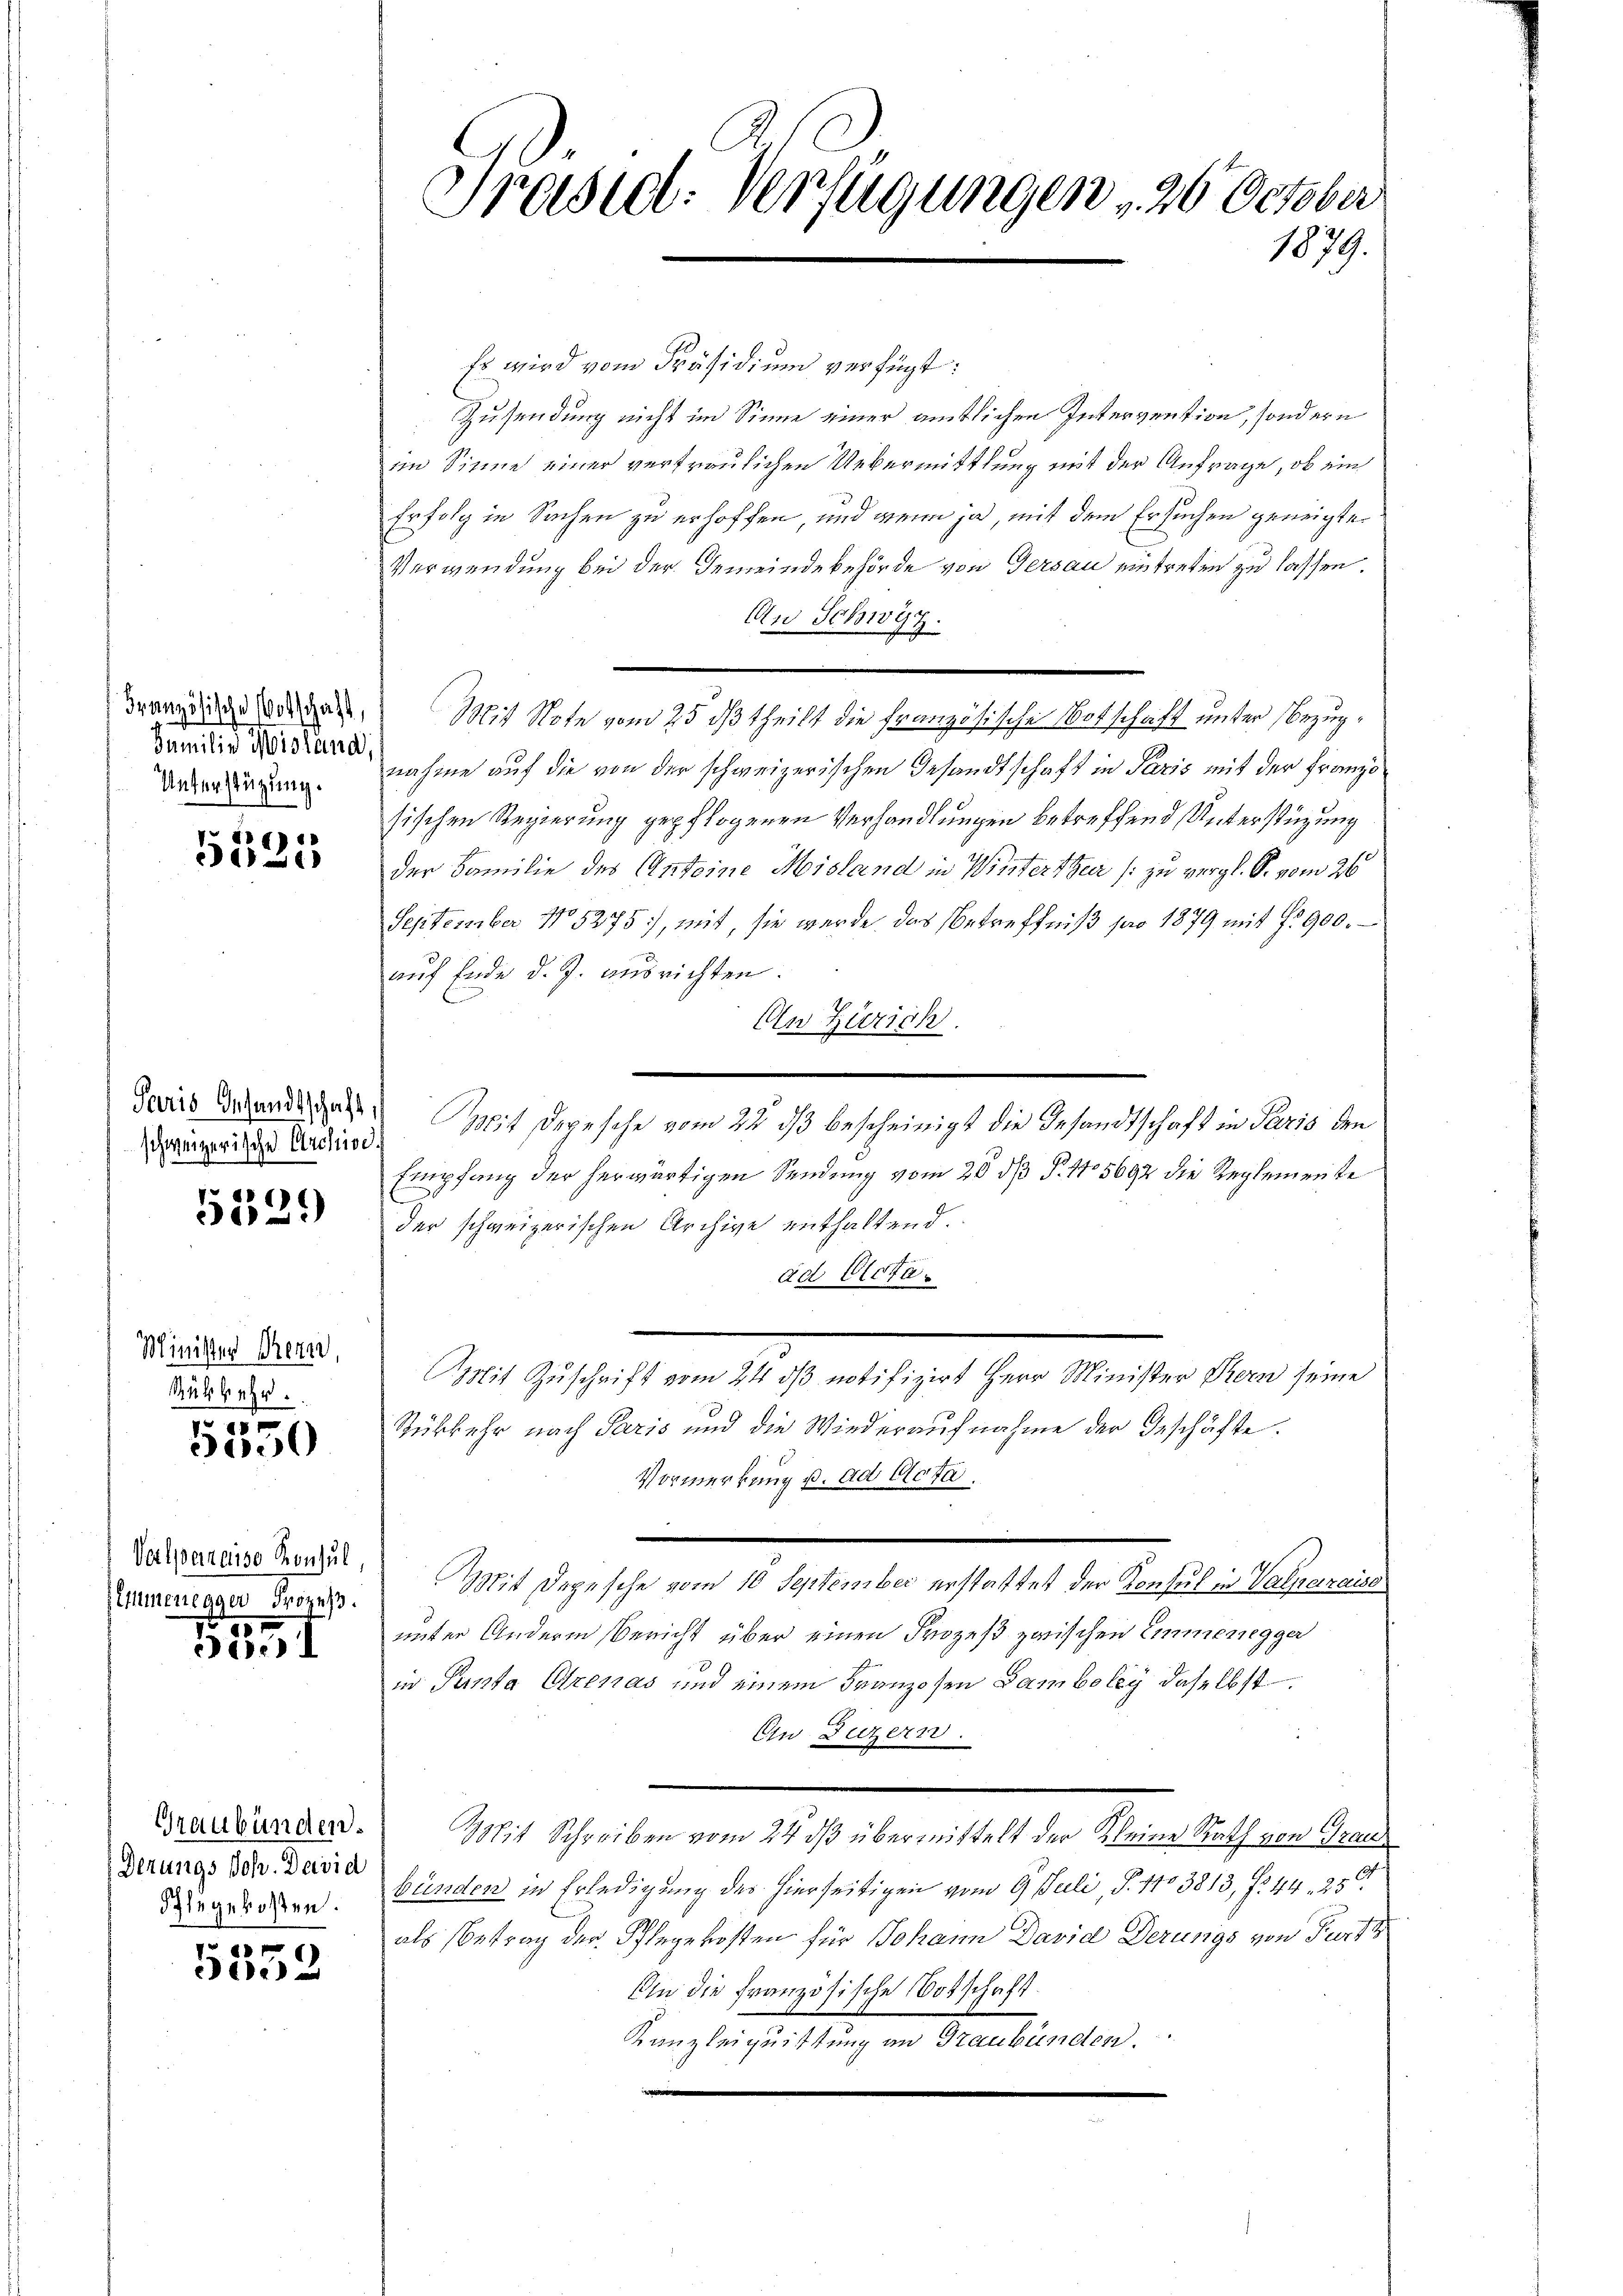
Unterstüzung.

5585

Paris Gesandtschaft,
schweizerische Archive.

486)
32)

Minister Kerze
Rükkehr.

5350

Versparaiso Konsul
Elimmenegger Prozeß.

15

Graubünden.
Derungs Joh. David
Schlegekosten.

.
552

Präsid. Verfügungen , 20 October
1879.

Es wird vom Präsidium verfügt:
Zusendung nicht im Sinne einer amtlichen Intervention, sondern
im Sinne einer vertraulichen Uebermittlung mit der Anfrage, ob ein
Erfolg in Sachen zu erhoffen, und wenn ja, mit dem Ersuchen geneigte
Verwendung bei der Gemeindebehörde von Gersau eintreten zu lassen.
An Schwyz
Grandide der den Mit Note vom 25 dß theilt die französische Botschaft unter Bezugdanidie Wien, nahme auf die von der schweizerischen Gesandtschaft in Paris mit der Franzosischen Regierung gepflogenen Verhandlungen betreffend Unterstüzung
der Familie des Anteine Misland in Wintersheer (zu vergl. S. vom 26
September No 5275), mit, sie werde das Betreffniß pro 1879 mit § 900.
auf Ende d. J. ausrichten.
An Zürich.
Mit Depesche vom 22 dß bescheinigt die Gesandtschaft in Paris den
Empfang der herwärtigen Sendung vom 20 dß §. 175692 die Reglemente
der schweizerischen Archive enthaltend.
ad Clota.
Mit Zuschrift vom 24. ds notifizirt Herr Minister Kern seine
Rükkehr nach Paris und die Wiederaufnahme der Geschäfte.
Vormerkung u. ad Acta.
Mit Depesche vom 10 September erstattet der Konsul in Valparaise
unter Andern Bericht über einen Prozeß zwischen Emmenegga
in Panta Arenas und einem Franzosen Sambolig daselbst
An Dutzern.
Mit Schreiben vom 24. ds übermittelt der Kleine Rath von Graubünden in Erledigung des hierseitigen vom 9. Juli, S. 1103813, f. 44. 25
als Betrag der Schlegekosten für Johann David Derungs von Furt
An die französische Botschaft.
Kanzleiquittung an Graubünden.